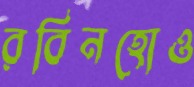
রবিনহোও